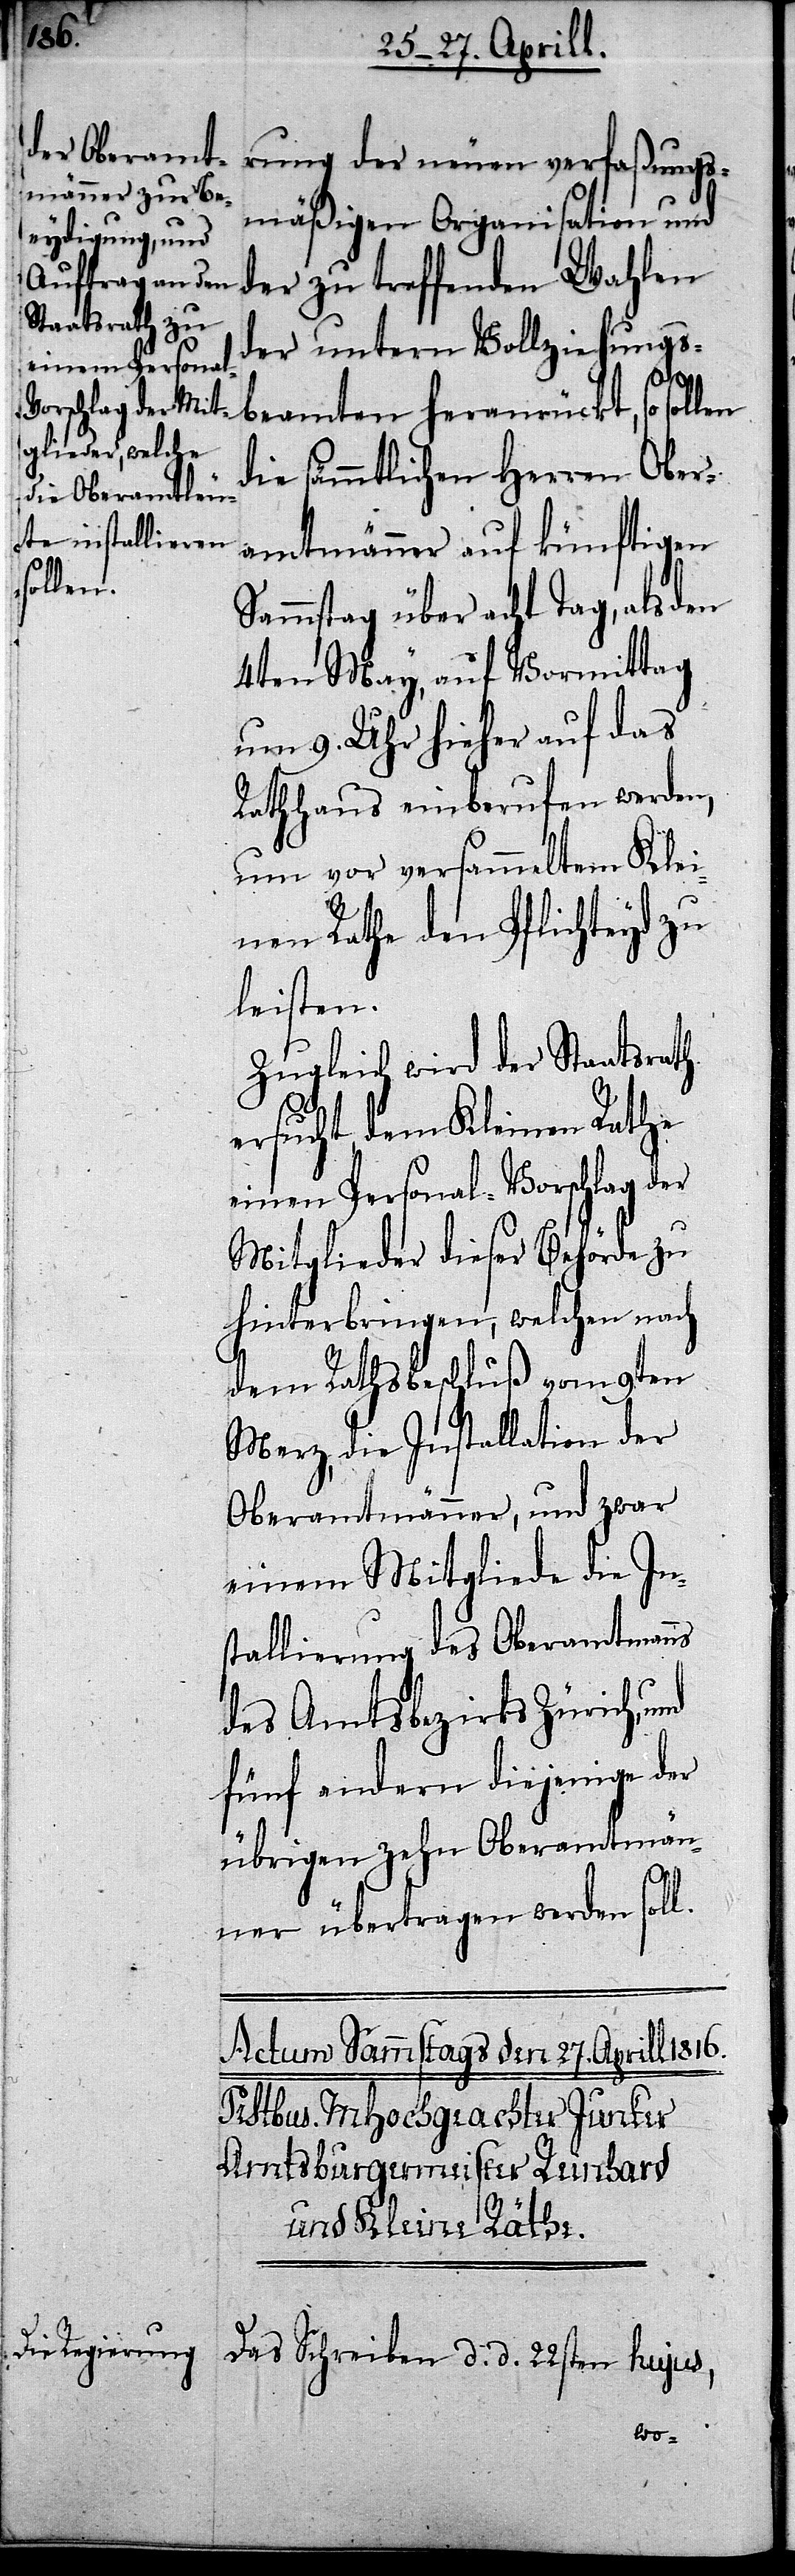
rung der neuen verfaßungs¬
mäßigen Organisation und
der zu treffenden Wahlen
der untern Vollziehungs¬
d¬
beamten heranrückt, so sollen
ie sämmtlichen Herren Ober¬
amtmänner auf künftigen
Sammstag über acht Tag, als den
4ten May, auf Vormittag
um 9. Uhr hieher auf das
Rathhaus einberufen werden,
um vor versammeltem Klei¬
nen Rathe den Pflichteyd zu
leisten.
Zugleich wird der Staatsrath
ersucht, dem Kleinen Rathe
einen Personal-Vorschlag der
Mitglieder dieser Behörde zu
hinterbringen, welche nach
dem Rathsbeschluß vom 9ten
Merz, die Installation der
Oberamtmänner, und zwar
einem Mitgliede die In¬
stallierung des Oberamtmanns
des Amtsbezirkes Zürich,
fünf andern diejenige der
übrigen zehn Oberamtmänn¬
er übertragen werden soll.
Das Schreiben d. d. 22sten hujus